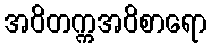
အဝိတက္ကအဝိစာရော